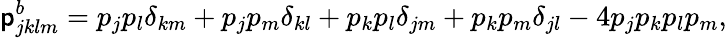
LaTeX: \mathsf{p}_{jklm}^{b}=p_{j}p_{l}\delta_{km}+p_{j}p_{m}\delta_{kl}+p_{k}p_{l}\delta_{jm}+p_{k}p_{m}\delta_{jl}-4p_{j}p_{k}p_{l}p_{m},